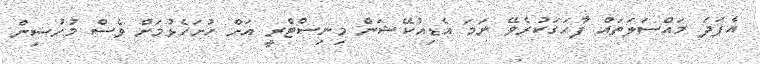
އެފަދަ މައްސަލަތައް ފާހަގަކުރެވޭ ނަމަ އެޑިއުކޭޝަން މިނިސްޓްރީ އަށް ހުށަހެޅުމަށް ވެސް މުހުސިން